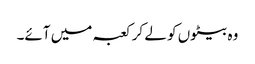
وہ بیٹوں کو لے کر کعبہ میں آئے۔